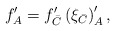
\begin{align*}f'_A=f'_{\bar C}\left(\xi_{\bar C} \right)'_A,\end{align*}